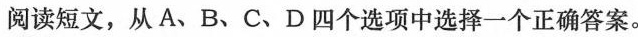
阅读短文,从 A、B、C、D 四个选项中选择一个正确答案.